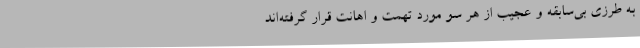
به طرزی بی‌سابقه و عجیب از هر سو مورد تهمت و اهانت قرار گرفته‌اند